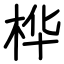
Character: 桦